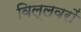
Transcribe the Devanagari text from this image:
विल्लवरों